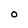
Character: O